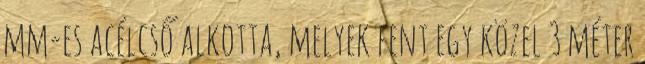
mm-es acélcső alkotta, melyek fent egy közel 3 méter